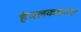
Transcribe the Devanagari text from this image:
हेमलकशाला